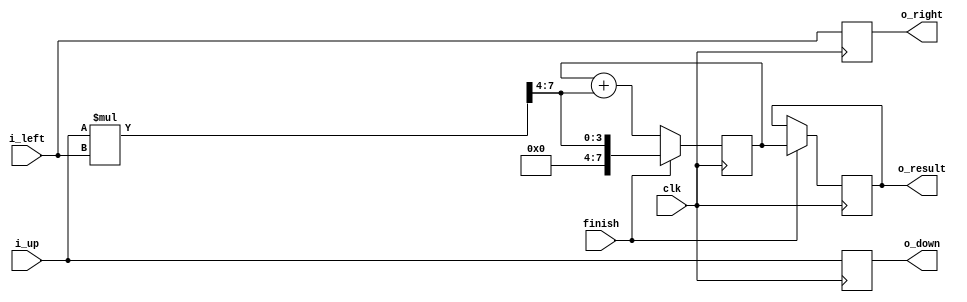
module single_PE_rounded #(
  parameter DATA_WIDTH = 8,
  parameter Half_WIDTH = 4
)(
  input clk,
  input finish,
  input[DATA_WIDTH-1 : 0] i_up,
  input[DATA_WIDTH-1 : 0] i_left,
  output reg[DATA_WIDTH-1 : 0] o_down,
  output reg[DATA_WIDTH-1 : 0] o_right,
  output reg[DATA_WIDTH-1 : 0] o_result = 0  
);
  reg [DATA_WIDTH-1 : 0] partial_sum = 0;
  wire [DATA_WIDTH-1 : 0] x;
  assign x = (i_up*i_left) >> Half_WIDTH;
  always @(posedge clk) begin
    o_down      <= i_up;
    o_right     <= i_left;
    o_result    <= finish ? partial_sum : o_result;
    partial_sum <= finish ? x : (partial_sum + x);
  end
endmodule
/* 
  1.  
  2. finishpartial result 
 */

module main #(parameter DATA_WIDTH = 16)();
  integer currTime = 0;
  reg clk = 0;
  reg finish = 0;
  reg [DATA_WIDTH-1 : 0] i_up = 0;
  reg [DATA_WIDTH-1 : 0] i_left = 0;
  wire [DATA_WIDTH-1 : 0] o_down = 0;
  wire [DATA_WIDTH-1 : 0] o_right = 0;
  wire [DATA_WIDTH-1 : 0] o_result = 0;
  single_PE_rounded # (16,8) test (clk, finish, i_up, i_left, o_down, o_right, o_result);

  // input
  initial begin
    # 0 
    $display("single pe test");
    $display("Time: %d, clk: %d, partial_sum: %d", currTime, clk, test.partial_sum);
    # 2 i_up = 100; i_left = 20;
    # 6 i_up = 100; i_left = 40;
    # 2 finish = 1;
    # 2 finish = 0;
    # 4 $finish;
  end
  // 
  always #2 begin
    currTime = currTime + 1;
    $display(" ");
  end
  // output
  always #1 begin
    clk = ~clk;
    $display("Time: %d, clk: %d, partial_sum: %d, o_down: %d, o_right: %d, o_result", currTime, clk, test.partial_sum, test.o_down, test.o_right, test.o_result);
  end

endmodule